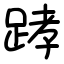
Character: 踍